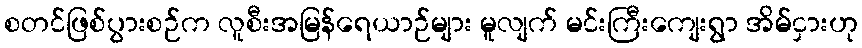
စတင်ဖြစ်ပွားစဉ်က လူစီးအမြန်ရေယာဉ်များ မူလျက် မင်းကြီးကျေးရွာ အိမ်ငှားဟု